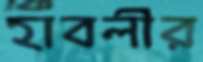
হাবলীর